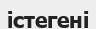
істегені